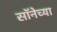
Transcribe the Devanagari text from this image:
सॉनेच्या